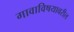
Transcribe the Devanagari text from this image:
गावाविषयावरील